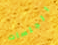
الجلسات